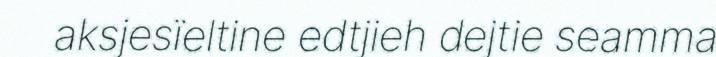
aksjesïeltine edtjieh dejtie seamma